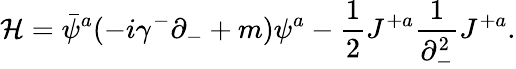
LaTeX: {\cal H}=\bar{\psi}^{a}(-i\gamma^{-}\partial_{-}+m)\psi^{a}-{\frac{1}{2}}J^{+a}{\frac{1}{\partial_{-}^{2}}}J^{+a}.